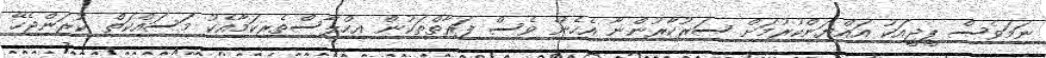
ނަމަވެސް ޕީޖީއަކު އައްޔަންކުރުމަށް ސަރުކާރުންނާ އެހެން ވެސް ފަރާތްތަކުން އިހްލާސްތެރިކަމާއެކު މަސައްކަތް ކުރަންޖެހޭ